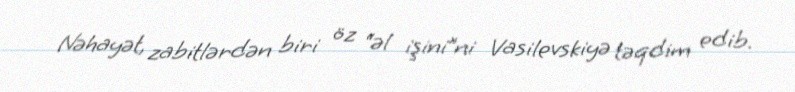
Nəhayət, zabitlərdən biri öz “əl işini”ni Vasilevskiyə təqdim edib.